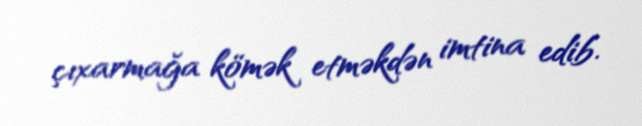
çıxarmağa kömək etməkdən imtina edib.